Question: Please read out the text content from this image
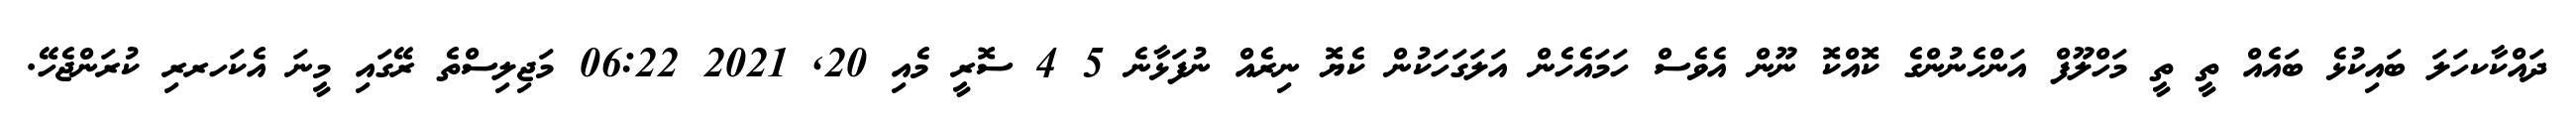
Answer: ދައްކާކހަލަ ބައިކުޅެ ބައެއް ތީ ތީ މަހްލޫފް އަންހެނުންގެ ކޮއްކޮ ނޫން އެވެސް ހަމައެހެން އަލަގަހަކުން ކެޔޮ ނިރެއް ނުފަޅާނެ 5 4 ސޮރީ މެއި 20, 2021 06:22 މަޖިލިސްތެ ރޭގައި މީނަ އެކަހރރި ކުރަންޖެހޭ.